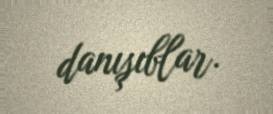
danışıblar.